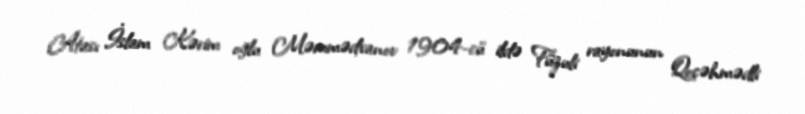
Atası İslam Kərim oğlu Məmmədxanov 1904-cü ildə Füzuli rayonunun Qoçəhmədli